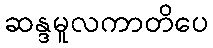
ဆန္ဒမူလကာတိပေ